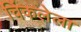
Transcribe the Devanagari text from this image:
चिंकलेला